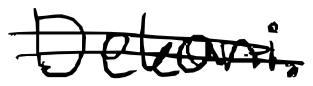
Text: Dekani.
Cross-out: double-line
Writing tool: digital_black